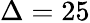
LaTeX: \Delta=25